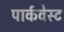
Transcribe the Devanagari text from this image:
पार्कवेस्ट